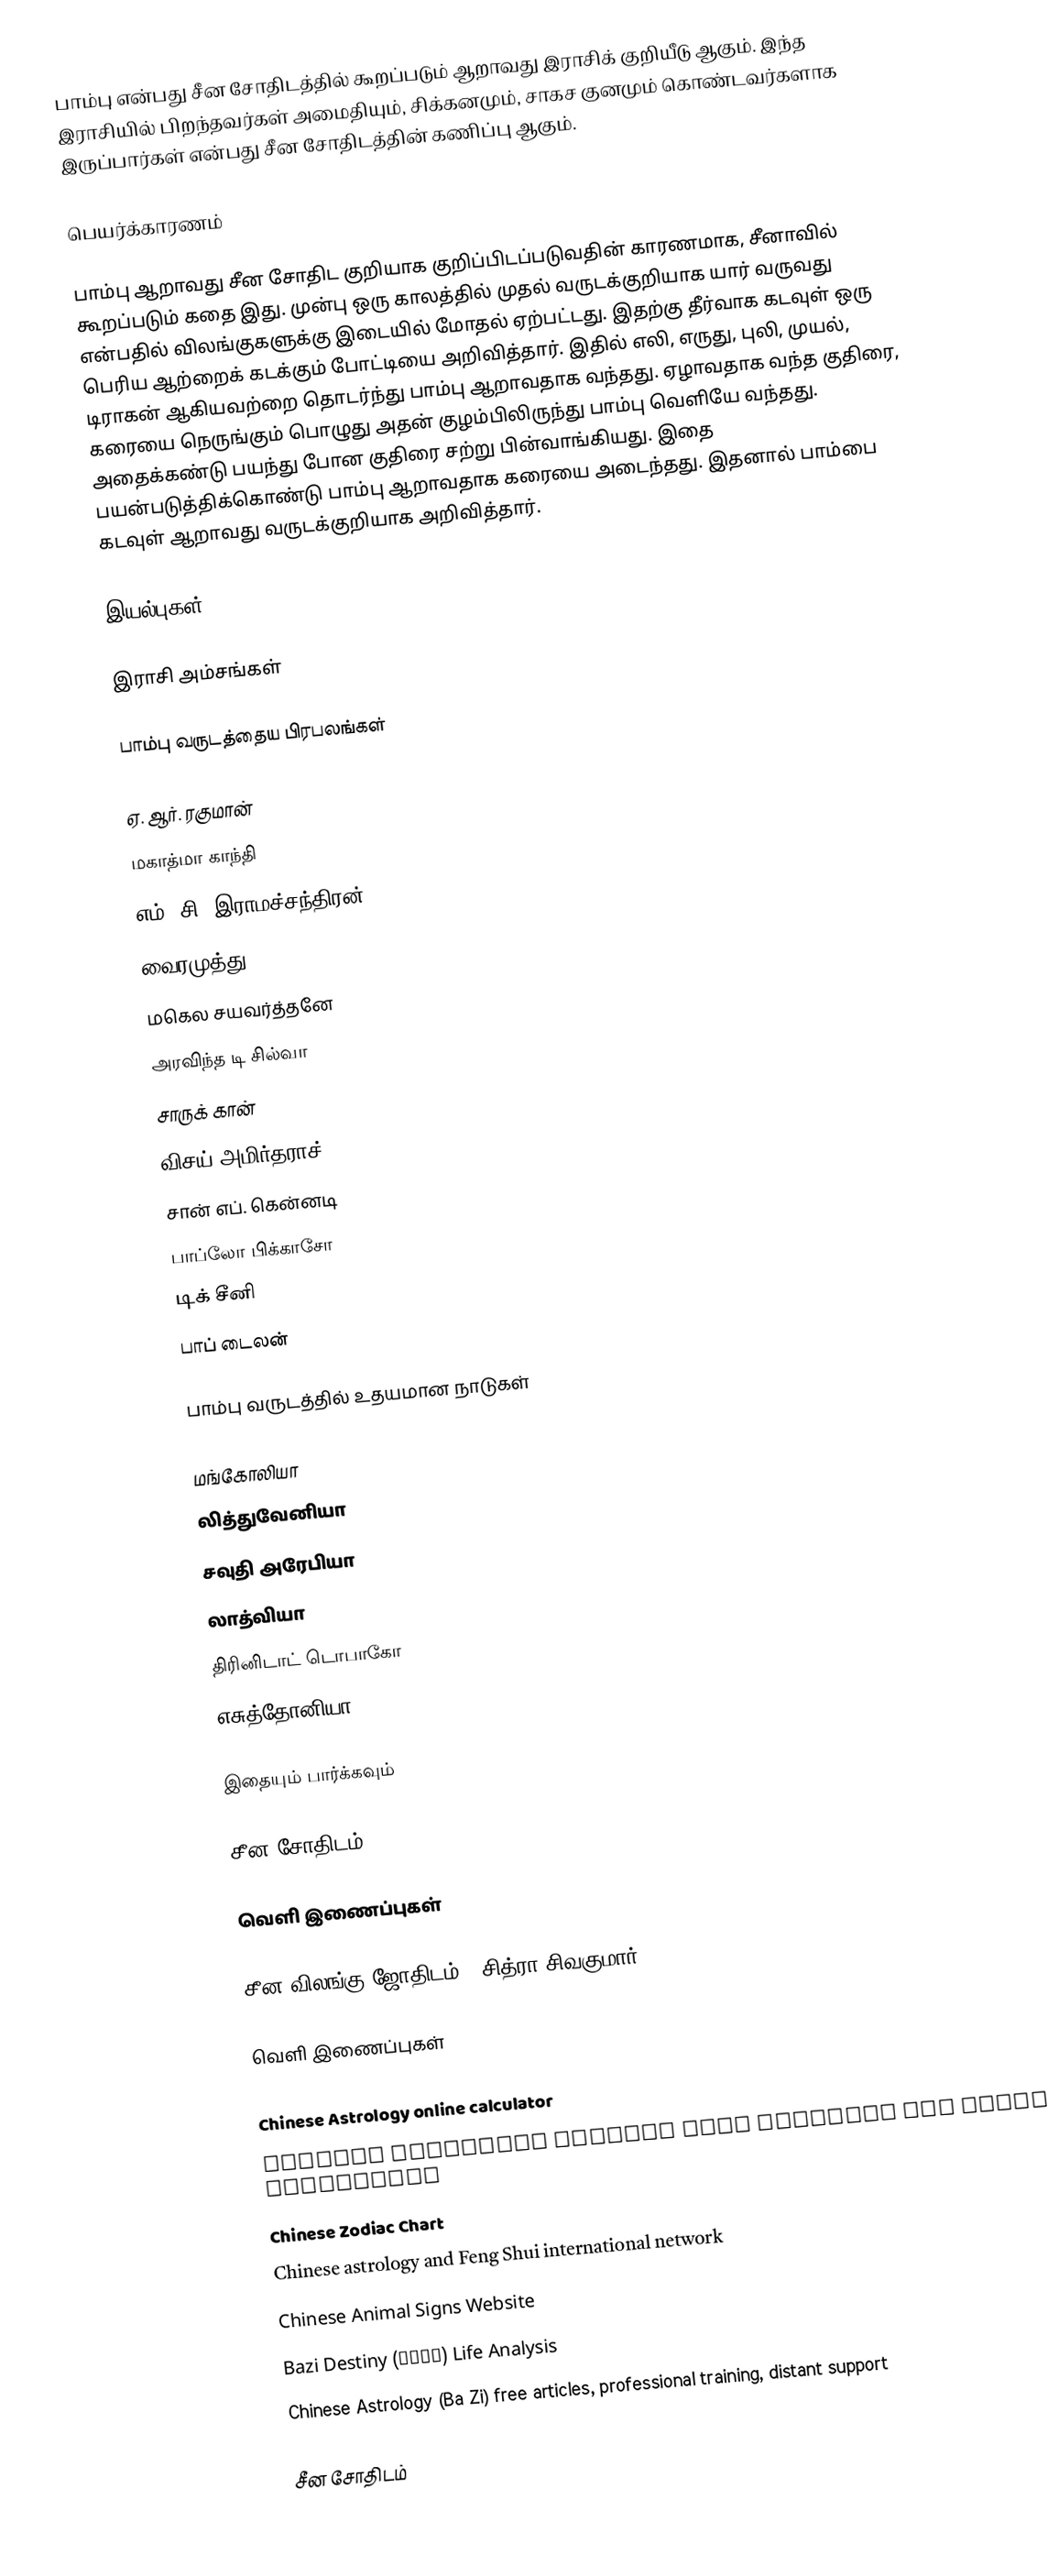
பாம்பு என்பது சீன சோதிடத்தில் கூறப்படும் ஆறாவது இராசிக் குறியீடு ஆகும். இந்த இராசியில்  பிறந்தவர்கள் அமைதியும், சிக்கனமும், சாகச குனமும் கொண்டவர்களாக இருப்பார்கள் என்பது சீன சோதிடத்தின் கணிப்பு ஆகும்.

பெயர்க்காரணம்

பாம்பு ஆறாவது சீன சோதிட குறியாக குறிப்பிடப்படுவதின் காரணமாக, சீனாவில் கூறப்படும் கதை இது. முன்பு ஒரு காலத்தில் முதல் வருடக்குறியாக யார் வருவது என்பதில் விலங்குகளுக்கு இடையில் மோதல் ஏற்பட்டது. இதற்கு தீர்வாக கடவுள் ஒரு பெரிய ஆற்றைக் கடக்கும் போட்டியை  அறிவித்தார். இதில் எலி, எருது, புலி, முயல், டிராகன் ஆகியவற்றை தொடர்ந்து பாம்பு ஆறாவதாக வந்தது. ஏழாவதாக வந்த குதிரை, கரையை நெருங்கும் பொழுது அதன் குழம்பிலிருந்து பாம்பு வெளியே வந்தது. அதைக்கண்டு பயந்து போன குதிரை சற்று பின்வாங்கியது. இதை பயன்படுத்திக்கொண்டு பாம்பு ஆறாவதாக கரையை அடைந்தது. இதனால் பாம்பை கடவுள் ஆறாவது வருடக்குறியாக அறிவித்தார்.

இயல்புகள்

இராசி அம்சங்கள்

பாம்பு வருடத்தைய பிரபலங்கள்

ஏ. ஆர். ரகுமான்
மகாத்மா காந்தி
எம். சி. இராமச்சந்திரன்
வைரமுத்து
மகெல சயவர்த்தனே
அரவிந்த டி சில்வா
சாருக் கான்
விசய் அமிர்தராச்
சான் எப். கென்னடி
பாப்லோ பிக்காசோ
டிக் சீனி
பாப் டைலன்

பாம்பு வருடத்தில் உதயமான நாடுகள்

மங்கோலியா
லித்துவேனியா
சவுதி அரேபியா
லாத்வியா
திரினிடாட் டொபாகோ
எசுத்தோனியா

இதையும் பார்க்கவும்

சீன சோதிடம்

வெளி இணைப்புகள்

சீன விலங்கு ஜோதிடம் - சித்ரா சிவகுமார்

வெளி இணைப்புகள்

 Chinese Astrology online calculator
 Chinese astrology website with software and online calculator
 Chinese Zodiac Chart
 Chinese astrology and Feng Shui international network
 Chinese Animal Signs Website
 Bazi Destiny (八字命理) Life Analysis
 Chinese Astrology (Ba Zi) free articles, professional training, distant support

சீன சோதிடம்